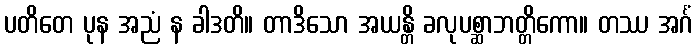
ပတိတေ ပုန အညံ န ခါဒတိ။ တာဒိသော အယန္တိ ခလုပစ္ဆာဘတ္တိကော။ တဿ အင်္ဂံ